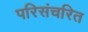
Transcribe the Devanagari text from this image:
परिसंचरित